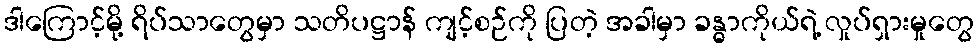
ဒါကြောင့်မို့ ရိပ်သာတွေမှာ သတိပဋ္ဌာန် ကျင့်စဉ်ကို ပြတဲ့ အခါမှာ ခန္ဓာကိုယ်ရဲ့ လှုပ်ရှားမှုတွေ